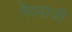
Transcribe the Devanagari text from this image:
गेंदवाजी